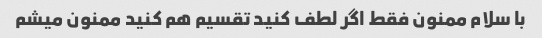
با سلام ممنون فقط اگر لطف کنید تقسیم هم کنید ممنون میشم